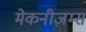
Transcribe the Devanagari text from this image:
मेकनीज़म्स